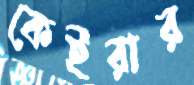
কেইরার